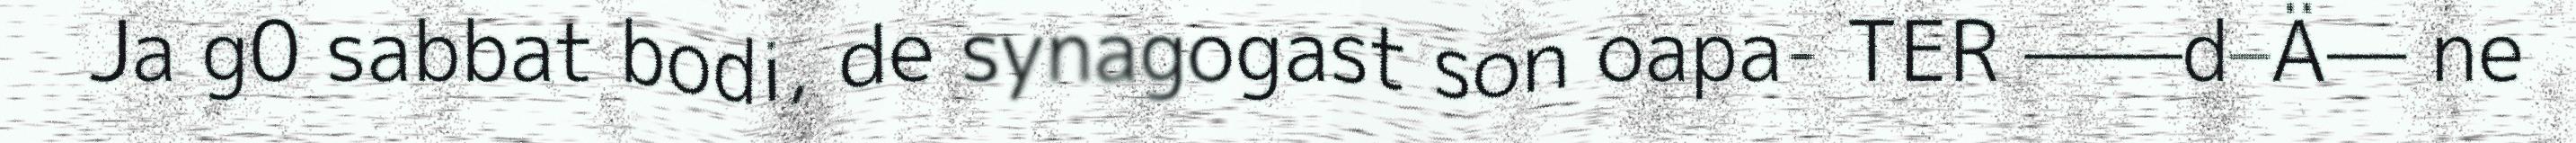
Ja g0 sabbat bodi, de synagogast son oapa- TER ––––d–Ä–– ne